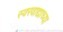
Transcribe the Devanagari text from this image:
स्वरवाद्याच्या